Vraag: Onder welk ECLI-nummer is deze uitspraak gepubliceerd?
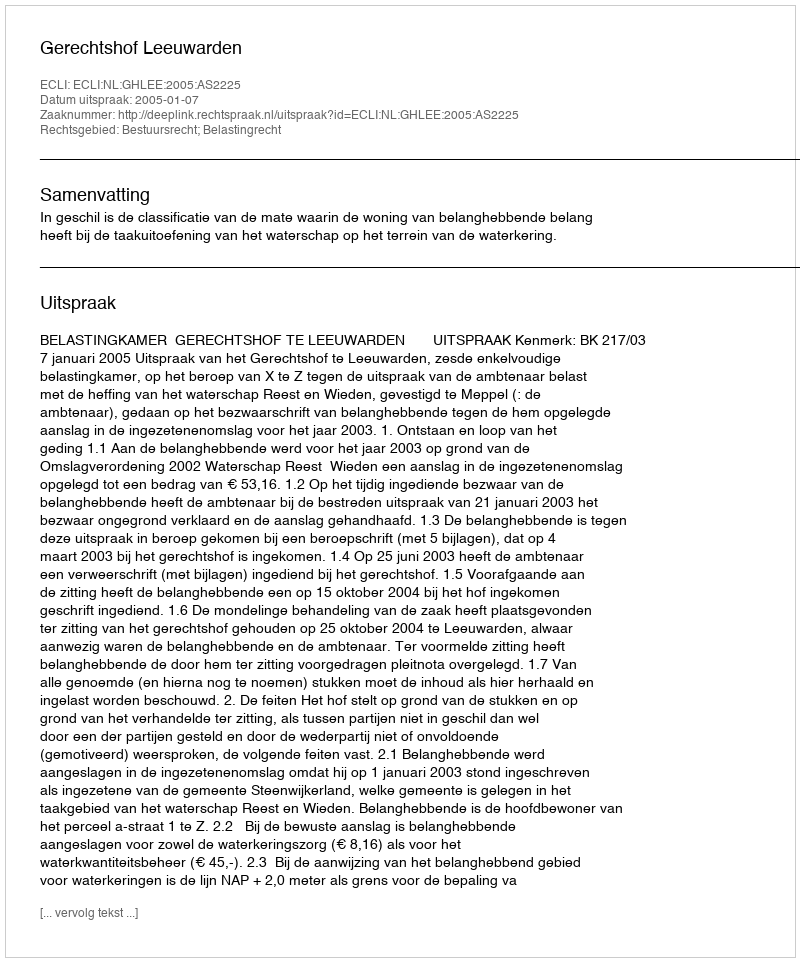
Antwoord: ECLI:NL:GHLEE:2005:AS2225